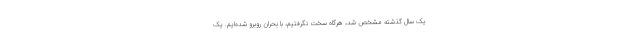
یک سال گذشته مشخص شد، هرگاه سخت نگرفتیم، با بحران روبرو شده‌ایم. یک